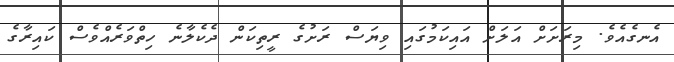
އެނގެއެވެ. މިރަށަށް އަލަށް އައިކަމުގައި ވިޔަސް ރަށުގެ ރީތިކަން ދެކެލާނެ ހިތްވަރެއްވެސް ކައިރާގެ